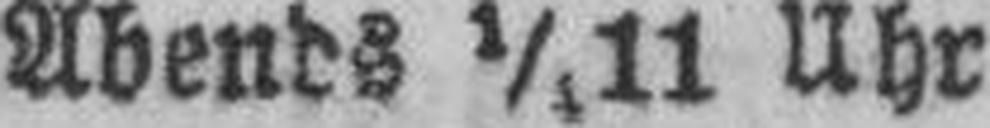
Abends ½11 Uhr